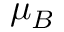
\mu _ { B }